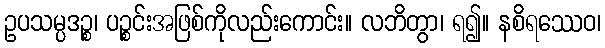
ဥပသမ္ပဒဉ္စ၊ ပဉ္စင်းအဖြစ်ကိုလည်းကောင်း။ လဘိတွာ၊ ရ၍။ နစိရဿေဝ၊